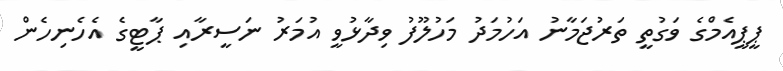
ޕީޕީއެމްގެ ވަގުތީ ތަރުޖަމާނު އަހުމަދު މަހުލޫފު ވިދާޅުވީ އުމަރު ނަސީރާއި ޕާޓީގެ އެހެނިހެން